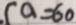
( a = 6 0